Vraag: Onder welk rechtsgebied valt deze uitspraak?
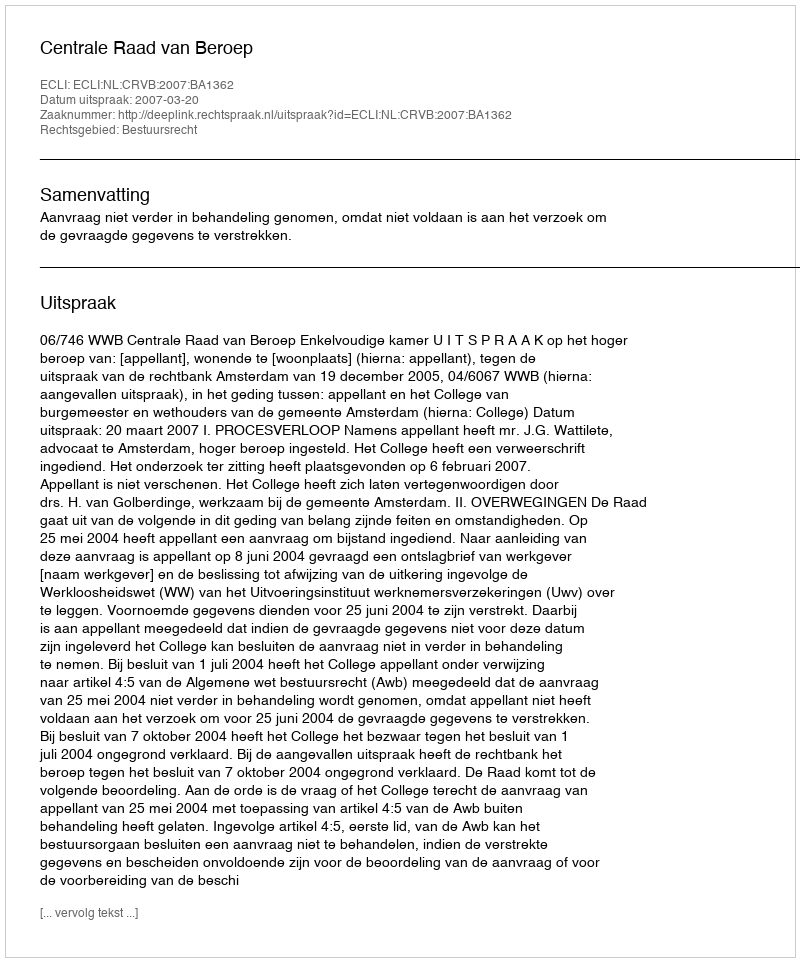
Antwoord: Bestuursrecht